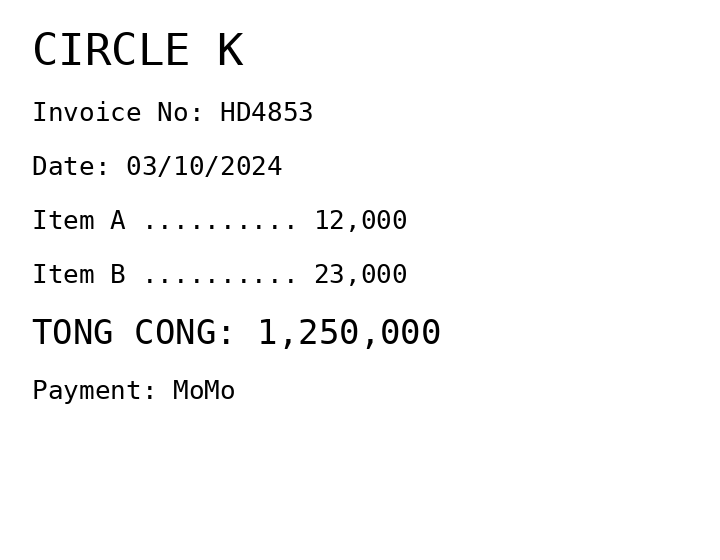
CIRCLE K
Invoice No: HD4853
Date: 03/10/2024
Item A .......... 12,000
Item B .......... 23,000
TONG CONG: 1,250,000
Payment: MoMo
Merchant: circle k
Date: 2024-10-03
Total: 1250000
Invoice No: HD4853
Payment method: MOMO